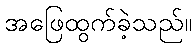
အဖြေထွက်ခဲ့သည်။